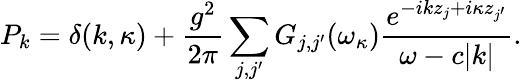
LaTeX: P_{k}=\delta(k,\kappa)+\frac{g^{2}}{2\pi}\sum_{j,j^{\prime}}G_{j,j^{\prime}}(\omega_{\kappa})\frac{e^{-ikz_{j}+i\kappa z_{j^{\prime}}}}{\omega-c|k|}.